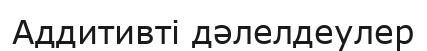
Аддитивті дәлелдеулер